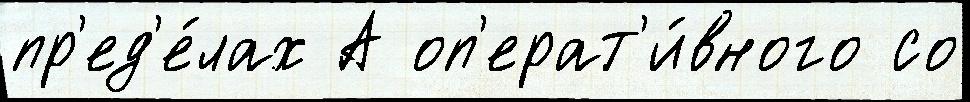
пр'ед'е́лах А оп'ерат'и́вного со